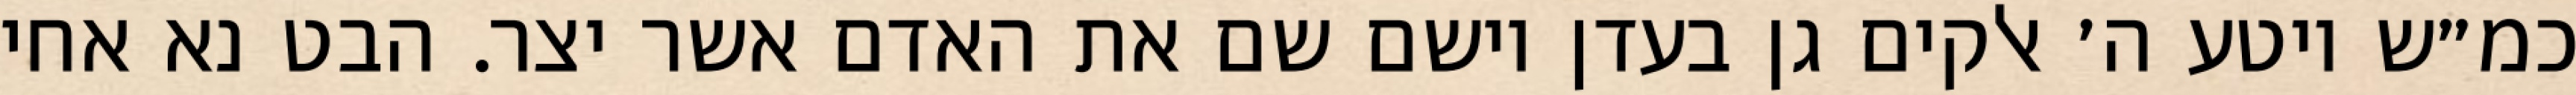
כמ״ש ויטע ה׳ אלקים גן בעדן וישם שם את האדם אשר יצר. הבט נא אחי